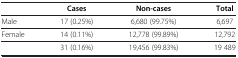
<table><thead><tr><td>[EMPTY_CELL]</td><td><b>Cases</b></td><td><b>Non-cases</b></td><td><b>Total</b></td></tr></thead><tbody><tr><td>Male</td><td>17 (0.25%)</td><td>6,680 (99.75%)</td><td>6,697</td></tr><tr><td>Female</td><td>14 (0.11%)</td><td>12,778 (99.89%)</td><td>12,792</td></tr><tr><td>[EMPTY_CELL]</td><td>31 (0.16%)</td><td>19,456 (99.83%)</td><td>19 489</td></tr></tbody></table>